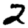
Digit: 2